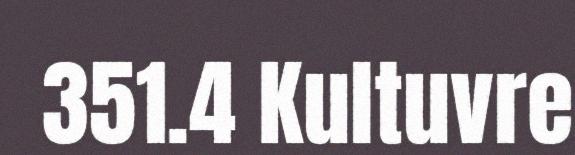
351.4 Kultuvre